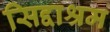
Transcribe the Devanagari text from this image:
सिद्दाश्रम